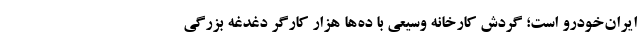
ایران‌خودرو است؛ گردش کارخانه وسیعی با ده‌ها هزار کارگر دغدغه بزرگی